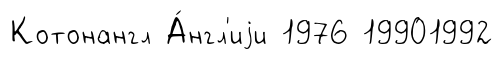
Котонангл А́нгл'иjи 1976 19901992